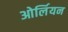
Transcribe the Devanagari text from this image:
ओर्लियन